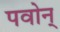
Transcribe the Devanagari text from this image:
पवोन्